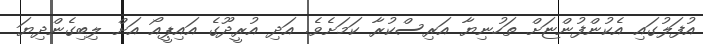
އުފަލުގައި އެކުންފުންޏަށް ތަހުނިޔާ އަރިސްކުރާ ކަމަށެވެ. އަދި އުރީދޫގެ އައިޕީއޯ އަށް ލިބިގެންދިޔަ